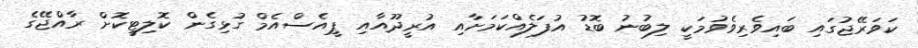
ކަވަރޭޖުގައި ބައިވެރިވެވުމަކީ ލިބުނު ބޮޑު އުފަލެއްކަމަށާއި އުރީދޫއާއި ޕީއެސްއެމް ގުޅިގެން ކޮލިޓީކޮށް ރާއްޖޭގެ